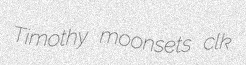
Timothy moonsets clk